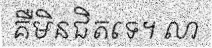
គឺមិនជិតទេ។ លា